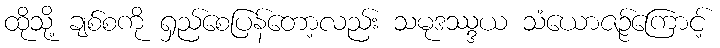
ထိုသို့ ချစ်စကို ရှည်စေပြန်တော့လည်း သမုဒဿ္ဒယ သံယောဇဉ်ကြောင့်